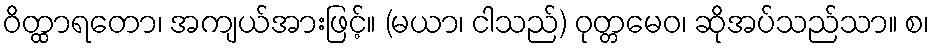
ဝိတ္ထာရတော၊ အကျယ်အားဖြင့်။ (မယာ၊ ငါသည်) ဝုတ္တမေဝ၊ ဆိုအပ်သည်သာ။ စ၊